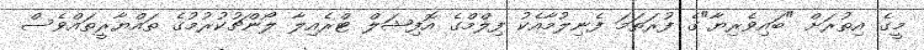
މީގެ އިތުރަށް "ބައިވެރިޔާ"ގެ ފުރަތަމަ ފެނިލުމާއެެކު ފިލްމްގެ އޮފިޝަލް ޓްރެއިލާ ލޯންޗުކުރުމުގެ ތައްޔާރީތައްވެސް